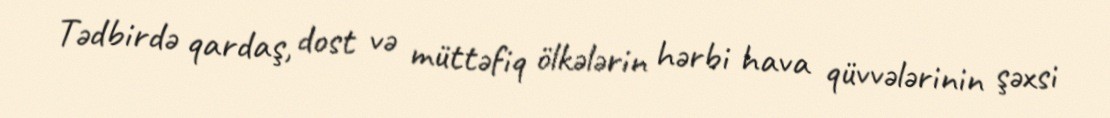
Tədbirdə qardaş, dost və müttəfiq ölkələrin hərbi hava qüvvələrinin şəxsi